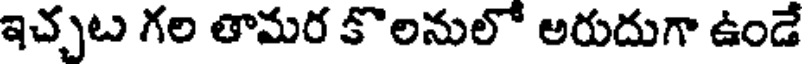
ఇచ్చట గల తామర కొలనులో అరుదుగా ఉండే